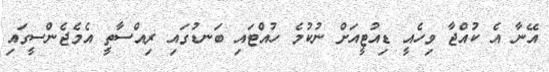
އޭނާ އެ ކުއްޖާ ވިހެއީ ޑިއުޓީއަށް ނުކުމެ ހުއްޓައި ބަނޑުގައި ރިއްސާތީ އެމެޖެންސީގައި